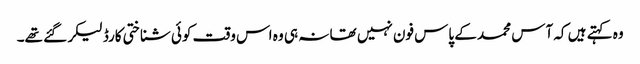
وہ کہتے ہیں کہ آس محمد کے پاس فون نہیں تھا نہ ہی وہ اس وقت کوئی شناختی کارڈ لیکر گئے تھے۔